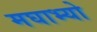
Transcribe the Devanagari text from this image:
मघाभ्यो